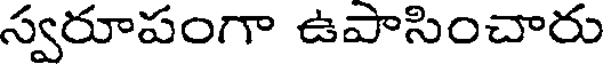
స్వరూపంగా ఉపాసించారు